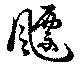
飃